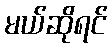
မယ်ဆိုရင်